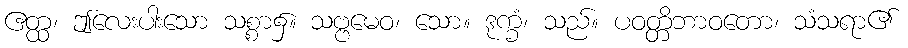
ဧတ္ထ၊ ဤလေးပါးသော သစ္စာ၌။ သဗ္ဗမေဝ၊ သော။ ဒုက္ခံ၊ သည်။ ပဝတ္တိဘာဝတော၊ သံသရာ၏